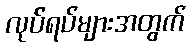
လုပ်ရပ်များအတွက်